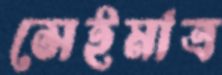
সেইমাত্র